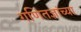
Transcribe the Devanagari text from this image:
गणितज्ञांच्या